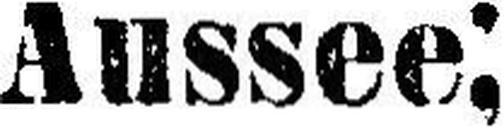
Aussee;